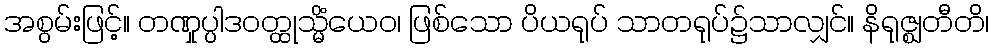
အစွမ်းဖြင့်။ တဏှုပ္ပါဒဝတ္ထုသ္မိံယေဝ၊ ဖြစ်သော ပိယရုပ် သာတရုပ်၌သာလျှင်။ နိရုဇ္ဈတီတိ၊